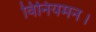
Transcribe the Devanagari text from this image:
विनियमन।